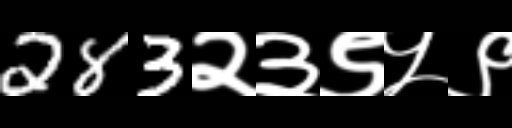
Text: 283२३९५९